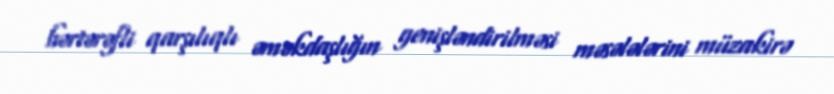
hərtərəfli qarşılıqlı əməkdaşlığın genişləndirilməsi məsələlərini müzakirə